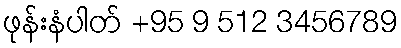
ဖုန်းနံပါတ် +95 9 512 3456789